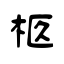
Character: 柩